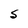
Character: S